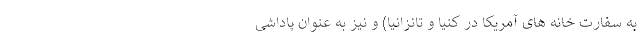
به سفارت خانه های آمریکا در کنیا و تانزانیا) و نیز به عنوان پاداشی